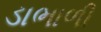
ડાભાળી